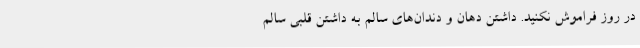
در روز فراموش نکنید. داشتن دهان و دندان‌های سالم به داشتن قلبی سالم